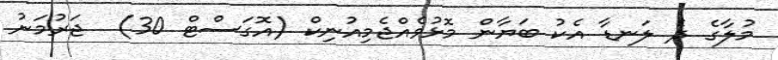
މުލާގެ ދެ ލަނޑާ އެކު ބަޔާން މޮޅުވެއްޖެމިއުނިކް (އޮގަސްޓް 30)  ޖަރުމަނު